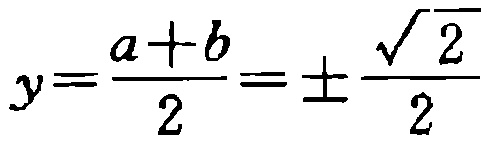
$y=\frac{a + b}{2}=\pm\frac{\sqrt{2}}{2}$